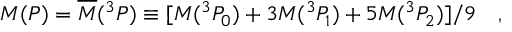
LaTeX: M ( P ) = \overline { { { M } } } ( ^ { 3 } P ) \equiv [ M ( ^ { 3 } P _ { 0 } ) + 3 M ( ^ { 3 } P _ { 1 } ) + 5 M ( ^ { 3 } P _ { 2 } ) ] / 9 ~ ~ ~ ,